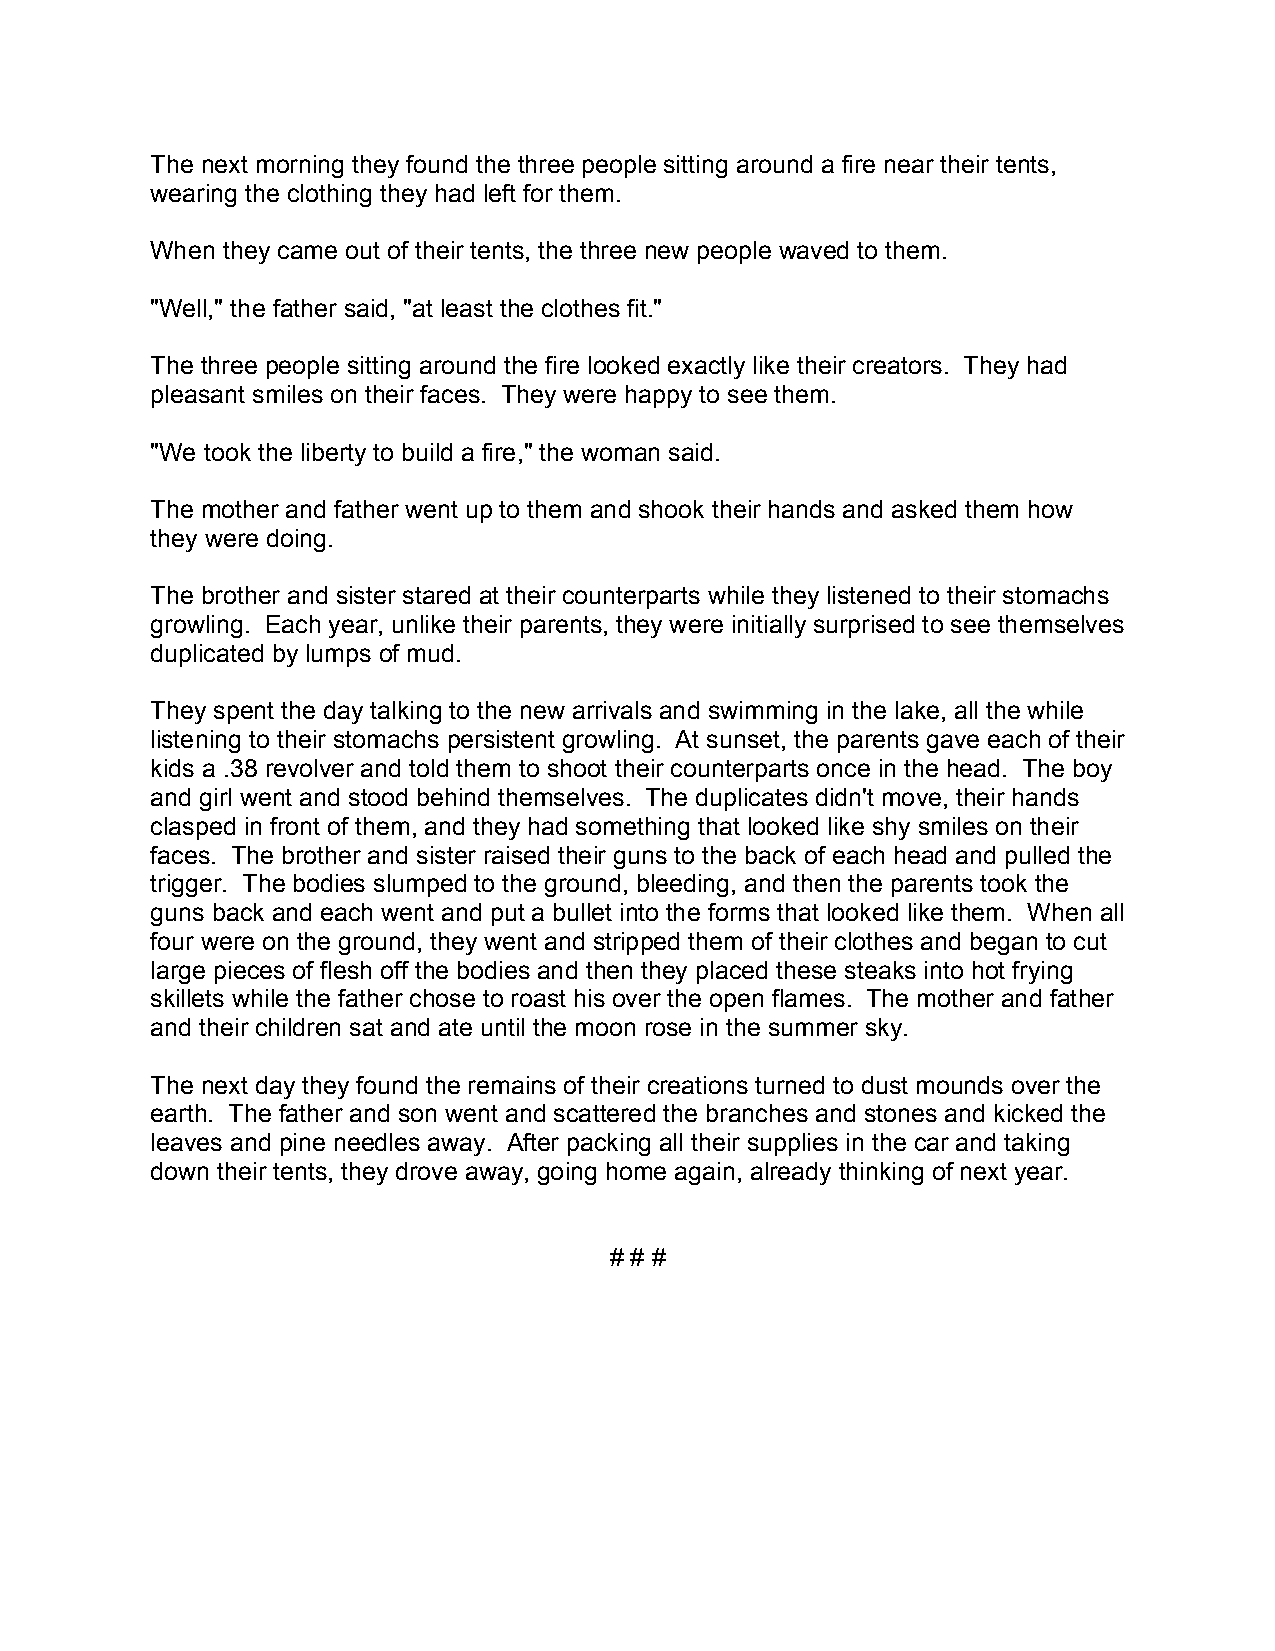
The next morning they found the three people sitting around a fire near their tents,
 wearing the clothing they had left for them.
 When they came out of their tents, the three new people waved to them.
 "Well," the father said, "at least the clothes fit."
 The three people sitting around the fire looked exactly like their creators. They had
 pleasant smiles on their faces. They were happy to see them.
 "We took the liberty to build a fire," the woman said.
 The mother and father went up to them and shook their hands and asked them how
 they were doing.
 The brother and sister stared at their counterparts while they listened to their stomachs
 growling. Each year, unlike their parents, they were initially surprised to see themselves
 duplicated by lumps of mud.
 They spent the day talking to the new arrivals and swimming in the lake, all the while
 listening to their stomachs persistent growling. At sunset, the parents gave each of their
 kids a .38 revolver and told them to shoot their counterparts once in the head. The boy
 and girl went and stood behind themselves. The duplicates didn't move, their hands
 clasped in front of them, and they had something that looked like shy smiles on their
 faces. The brother and sister raised their guns to the back of each head and pulled the
 trigger. The bodies slumped to the ground, bleeding, and then the parents took the
 guns back and each went and put a bullet into the forms that looked like them. When all
 four were on the ground, they went and stripped them of their clothes and began to cut
 large pieces of flesh off the bodies and then they placed these steaks into hot frying
 skillets while the father chose to roast his over the open flames. The mother and father
 and their children sat and ate until the moon rose in the summer sky.
 The next day they found the remains of their creations turned to dust mounds over the
 earth. The father and son went and scattered the branches and stones and kicked the
 leaves and pine needles away. After packing all their supplies in the car and taking
 down their tents, they drove away, going home again, already thinking of next year.
 # # #